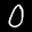
Label: 0